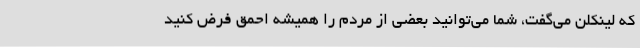
که لینکلن می‌گفت، شما می‌توانید بعضی از مردم را همیشه احمق فرض کنید